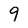
Character: 9